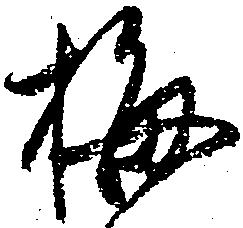
梅